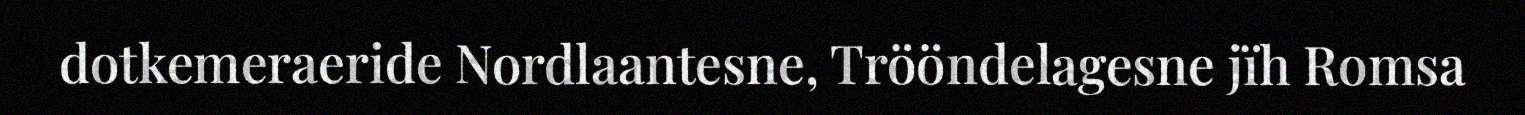
dotkemeraeride Nordlaantesne, Trööndelagesne jïh Romsa